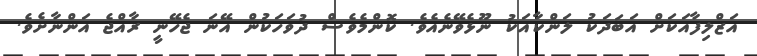
އަޒްލިފާއަކަށް އަބަދަކު ލަންކާއަކު ނޫޅެވޭނެއެވެ. ކޮންމެވެސް ދުވަހަކުން އޭނަ ޖެހޭނީ ރާއްޖެ އަންނާށެވެ.